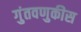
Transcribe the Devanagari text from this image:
गुंतवणुकीस